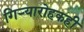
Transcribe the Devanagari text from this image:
गिऱ्यारोहकही